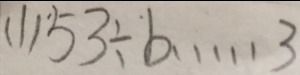
( 1 ) 5 3 \div b \cdots 3